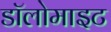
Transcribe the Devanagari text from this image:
डॉलोमाइट